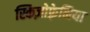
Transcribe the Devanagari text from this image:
स्किज़ोफ़्रेनिया